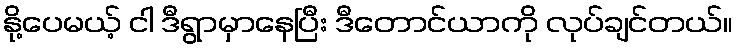
နို့ပေမယ့် ငါ ဒီရွာမှာနေပြီး ဒီတောင်ယာကို လုပ်ချင်တယ်။